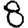
Digit: 8